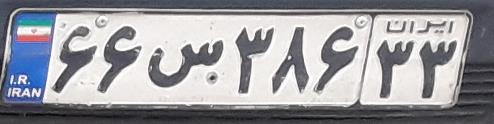
۶۶س۳۸۶۳۳